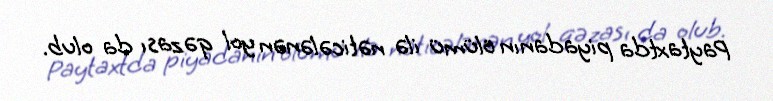
Paytaxtda piyadanın ölümü ilə nəticələnən yol qəzası da olub.